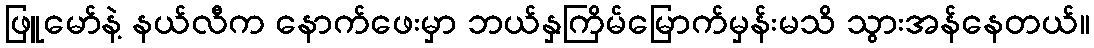
ဖြူမော်နဲ့ နယ်လီက နောက်ဖေးမှာ ဘယ်နှကြိမ်မြောက်မှန်းမသိ သွားအန်နေတယ်။